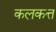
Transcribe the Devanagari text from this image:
कलकत्त